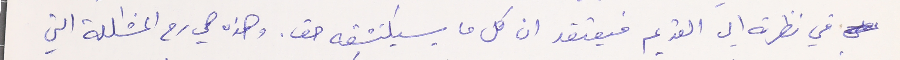
في نظرته الى القديم فيعتقد ان كل ما سيكتشفه حق. وهذه هي رم المشكلة التي